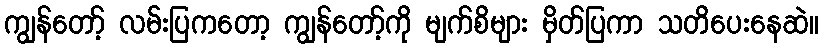
ကျွန်တော့် လမ်းပြကတော့ ကျွန်တော့်ကို မျက်စိများ မှိတ်ပြကာ သတိပေးနေဆဲ။